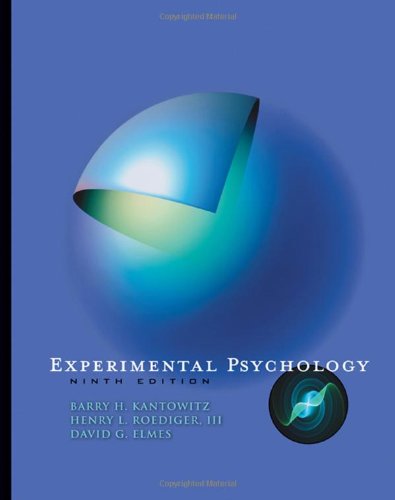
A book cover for Experimental Psychology; Barry H. Kantowitz; Health, Fitness & Dieting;